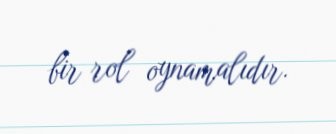
bir rol oynamalıdır.